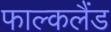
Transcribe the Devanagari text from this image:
फाल्कलैंड